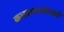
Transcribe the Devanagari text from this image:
कालगणनेमध्ये